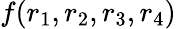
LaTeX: f(r_{1},r_{2},r_{3},r_{4})